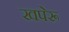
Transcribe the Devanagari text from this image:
खपेरू